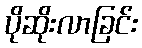
ပိုဆိုးလာခြင်း